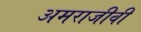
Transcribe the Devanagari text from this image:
अमराजीवी